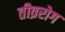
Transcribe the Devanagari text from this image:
तीव्ररोग